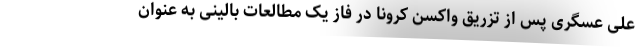
علی عسگری پس از تزریق واکسن کرونا در فاز یک مطالعات بالینی به عنوان